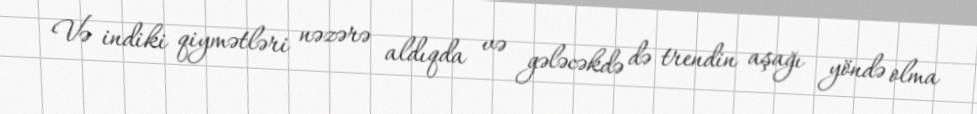
Və indiki qiymətləri nəzərə aldıqda və gələcəkdə də trendin aşağı yöndə olma